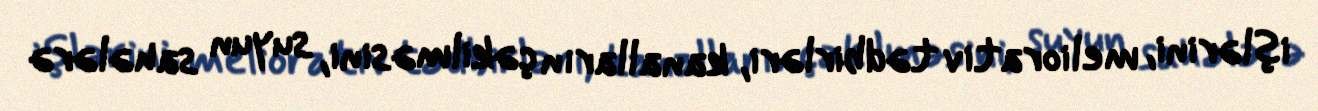
işlərini, meliorativ tədbirləri, kanalların çəkilməsini, suyun sahələrə